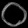
Digit: ၀